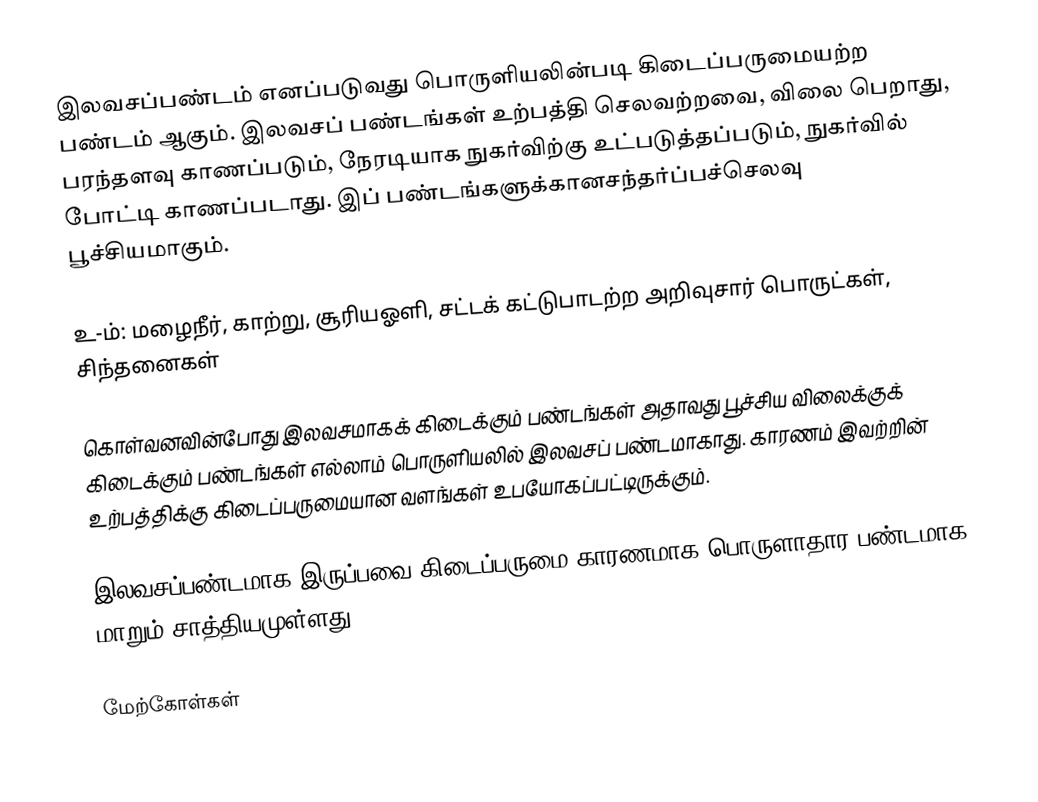
இலவசப்பண்டம் எனப்படுவது பொருளியலின்படி கிடைப்பருமையற்ற பண்டம் ஆகும். இலவசப் பண்டங்கள் உற்பத்தி செலவற்றவை, விலை பெறாது, பரந்தளவு காணப்படும், நேரடியாக நுகர்விற்கு உட்படுத்தப்படும், நுகர்வில் போட்டி காணப்படாது. இப் பண்டங்களுக்கானசந்தர்ப்பச்செலவு பூச்சியமாகும்.

உ-ம்: மழைநீர், காற்று, சூரியஓளி, சட்டக் கட்டுபாடற்ற அறிவுசார் பொருட்கள், சிந்தனைகள்

கொள்வனவின்போது இலவசமாகக் கிடைக்கும் பண்டங்கள் அதாவது பூச்சிய விலைக்குக் கிடைக்கும் பண்டங்கள் எல்லாம் பொருளியலில் இலவசப் பண்டமாகாது. காரணம் இவற்றின் உற்பத்திக்கு கிடைப்பருமையான வளங்கள் உபயோகப்பட்டிருக்கும்.

இலவசப்பண்டமாக இருப்பவை கிடைப்பருமை காரணமாக பொருளாதார பண்டமாக மாறும் சாத்தியமுள்ளது.

மேற்கோள்கள்